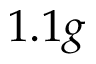
1 . 1 g